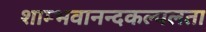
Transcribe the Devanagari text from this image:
शाम्भवानन्दकल्पलता